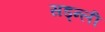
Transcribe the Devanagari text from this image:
सड्न्ली